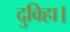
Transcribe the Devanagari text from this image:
दुविहा।